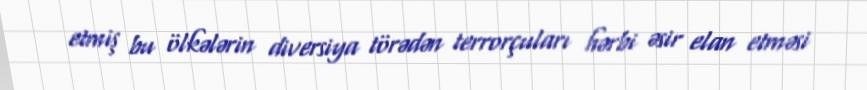
etmiş bu ölkələrin diversiya törədən terrorçuları hərbi əsir elan etməsi